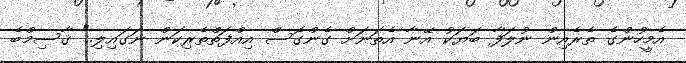
އެމީހުންގެ ތެރެއިން ނުލަފާ ބަޔަކު އޭނާ އެތަނަށް ގެންގޮސް އިއްފަތްތެރިކަން ނަގައިލި." ޤާސިމްބެ